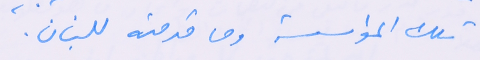
تلك المؤسسة وما قدمته للبنان.